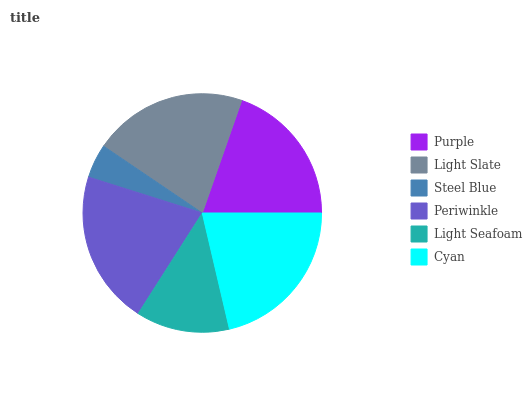
| Purple | Light Slate | Steel Blue | Periwinkle | Light Seafoam | Cyan |
 | --- | --- | --- | --- | --- | --- |
 | 19.6% | 20.9% | 4.62% | 20.9% | 12.7% | 21.3% |